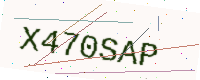
Text: X470SAP